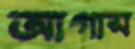
আগাস